Civil Veterinary Department Bengal reports 1923-33 - 1923-1933
Year: 1923
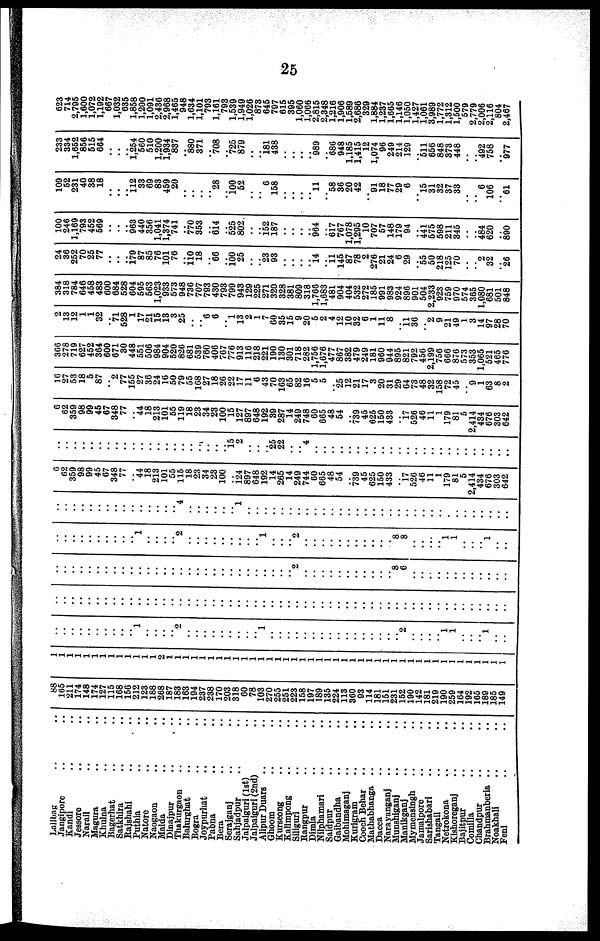
25
Lallbag .. ..
Jangipore .. ..
Kandi .. ..
Jessore .. ..
Narall .. ..
Magura .. ..
Khulna .. ..
Bagerhat .. ..
Satkhira .. ..
Rajshahi .. ..
Puthia .. ..
Natore .. ..
Naogaon .. ..
Malda .. ..
Dinajpur .. ..
Thakurgaon .. ..
Balurghat .. ..
Bogra .. ..
Joypurhat .. ..
Pabna .. ..
Bera .. ..
Serajganj .. ..
Sahjadpur .. ..
Jalpaiguri (1st) ..
Jalpaiguri (2nd) ..
Alipur Duars .. ..
Ghoom .. ..
Kurseong .. ..
Kalimpong .. ..
Silliguri .. ..
Rangpur .. ..
Dimia .. ..
Nilphamari .. ..
Saidpur .. ..
Galbandha .. ..
Mohimaganj .. ..
Kurigram .. ..
Cooch Behar .. ..
Mathabhanga .. ..
Dacca
Narayanganj .. ..
Munshiganj .. ..
Manikganj .. ..
Mymensingh .. ..
Jamalpore .. ..
Sarishabari .. ..
Tangail .. ..
Netrokona .. ..
Kishoreganj .. ..
Bajitpur .. ..
Comilia .. ..
Chandpur .. ..
Brahmanberia .. ..
Noakhali .. ..
Feni .. ..
88
165
211
174
148
174
127
115
168
150
212
123
188
268
187
183
163
104
237
238
170
203
318
00
78
103
270
255
251
223
158
197
189
135
224
113
360
93
114
181
151
231
152
190
142
181
219
190
259
164
192
165
189
185
149
1
1
1
1
1
1
1
1
1
1
1
1
1
1
1
1
1
1
1
1
1
1
1
1
1
1
1
1
1
1
1
1
1
1
1
1
1
1
1
1
1
1
1
1
1
1
1
1
1
1
1
1
1
1
1
..
..
..
..
..
..
..
..
..
..
1
..
..
..
..
2
..
..
..
..
..
..
..
..
..
1
..
..
..
..
..
..
..
..
..
..
..
..
..
..
..
..
2
..
..
..
..
1
1
..
..
..
1
..
..
..
..
..
..
..
..
..
..
..
..
..
..
..
..
..
..
..
..
..
..
..
..
..
..
..
..
..
..
..
..
..
..
..
..
..
..
..
..
..
..
..
..
..
..
..
..
..
..
..
..
..
..
..
..
..
..
..
..
..
..
..
..
..
..
..
..
..
..
..
..
..
..
..
..
..
..
..
..
..
..
..
..
..
..
2
..
..
..
..
..
..
..
..
..
..
..
8
6
..
..
..
..
..
..
..
..
..
..
..
..
..
..
..
..
..
..
..
..
..
1
..
..
..
..
2
..
..
..
..
..
..
..
..
..
1
..
..
..
2
..
..
..
..
..
..
..
..
..
..
..
8
8
..
..
..
..
1
1
..
..
..
1
..
..
..
..
..
..
..
..
..
..
..
..
..
..
..
..
..
4
..
..
..
..
..
..
1
..
..
..
..
..
..
..
..
..
..
..
..
..
..
..
..
..
..
..
..
..
..
..
..
..
..
..
..
..
..
..
..
6
62
359
98
99
45
67
348
77
..
44
18
213
101
55
115
18
23
34
23
100
..
124
897
648
192
14
265
14
249
744
60
665
48
54
..
739
45
625
150
433
..
17
520
46
11
1
179
81
5
2,414
434
676
303
642
..
..
..
..
..
..
..
..
..
..
..
..
..
..
..
..
..
..
..
..
..
15
2
..
..
..
25
22
..
..
4
..
..
..
..
..
..
..
..
..
..
..
..
..
..
..
..
..
..
..
..
..
..
..
..
6
62
359
98
99
45
67
348
77
..
44
18
213
101
55
119
18
23
34
23
100
15
127
897
648
192
39
287
14
249
748
60
665
48
54
739
45
625
150
433
..
17
520
46
11
1
179
81
5
2,414
434
676
303
642
10
27
53
18
5
87
..
2
77
155
27
36
24
16
50
79
55
168
27
18
26
22
17
11
6
43
70
103
65
82
16
5
5
25
12
21
17
3
20
31
29
64
73
48
32
158
72
45
..
9
1
63
8
2
300
278
719
627
452
364
600
671
30
448
551
506
984
904
520
826
681
539
760
406
767
776
913
116
218
221
190
130
301
718
282
1,756
1,676
477
867
382
479
249
181
960
944
895
821
792
450
2,199
750
666
870
573
353
1,065
521
465
776
2
13
12
1
1
32
..
71
528
1
17
21
15
18
3
25
..
..
6
6
..
1
13
2
1
7
60
35
15
9
20
5
2
4
12
10
32
6
1
11
8
..
11
36
..
2
9
21
49
1
3
14
97
28
70
384
318
784
646
458
483
600
684
528
604
595
563
1,023
933
573
948
736
707
793
430
793
799
943
129
225
271
320
328
381
809
318
1,766
1,683
481
904
404
532
272
185
991
983
924
896
001
504
2,233
923
759
970
574
365
1,080
681
501
848
24
36
252
70
25
77
..
..
..
i79
87
85
76
101
76
..
110
18
..
66
..
100
25
..
..
23
93
..
..
..
..
14
..
11
145
87
78
2
276
21
24
6
29
..
55
50
218
125
70
..
..
2
32
26
100
246
1,169
793
452
569
..
..
..
963
440
356
1,041
1,374
741
..
770
353
..
614
..
525
802
..
..
152
187
..
..
..
..
964
..
617
767
1,078
1,295
10
707
57
148
179
94
..
441
575
598
211
345
..
..
484
620
890
100
52
231
40
38
18
..
..
..
112
38
69
83
459
20
..
..
..
..
28
..
100
52
..
..
6
158
..
..
..
..
11
..
58
36
20
42
..
91
18
77
29
6
..
15
31
32
37
33
..
..
6
106
..
61
233
334
1,652
856
515
664
..
..
..
l,254
560
510
1,200
1,934
837
..
880
371
..
708
..
725
870
..
..
181
438
..
..
..
..
989
..
686
948
1,185
1,415
12
1,074
96
249
214
120
..
511
650
848
373
448
..
..
492
758
..
977
623
714
2,795
1,600
1,072
1,192
667
1,032
635
1,858
1,200
1,091
2,436
2,908
1,465
948
1,634
1,101
703
1,161
793
1,530
1,949
1,026
873
645
797
615
395
1,060
1,066
2,815
2,348
1,216
1,906
1,589
2,686
329
1,884
1,237
1,665
1,146
1,050
1,427
1,061
3,989
1,772
1,312
1,500
579
2,779
2,006
2,116
804
2,467